Vaccination in Bombay 1869-1873 - 1869-1873
Year: 1869
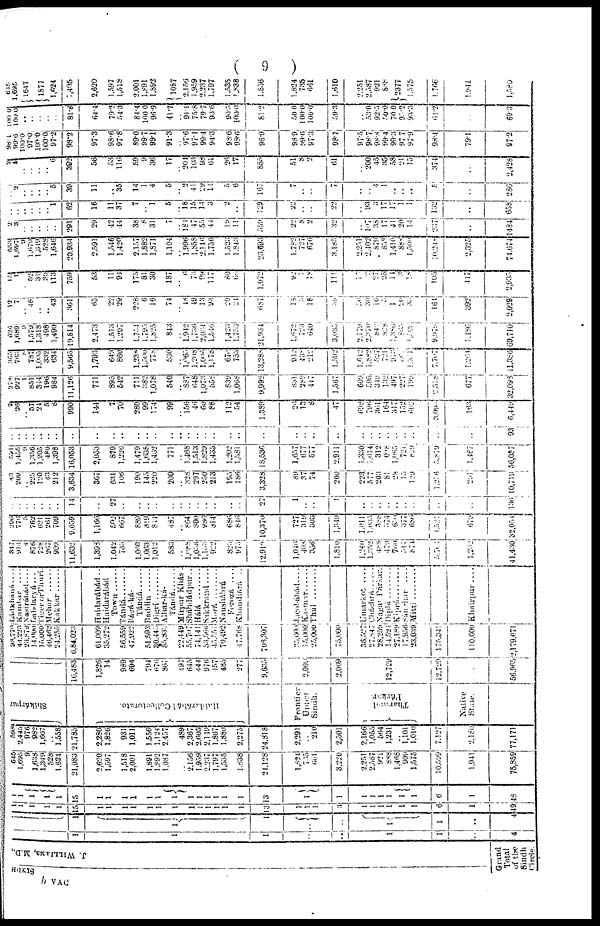
( 9 )
SINDH
J. WILLIAMS, M.D.,
Grand
Total
of t h e
Sindh
Circle.
1
1
1
..
..
1
1
..
4
1
1
1
..
..
1
1
..
4
1
1
1
1
1
15
1
1
1
1
1
1
1
1
1
1
1
1
1
13
1
1
1
3
1
1
1
1
1
1
6
1
49
1
1
1
1
1
15
1
1
1
1
1
1
1
1
1
1
1
1
1
13
1
1
1
1
1
1
1
1
6
1
48
645
1,695
9
1,638
1,349
528 1,624
21,083
2,620
1,597
1,518
2,001
1,891
1,892
1,087
..
2,156
1,959
2,237
1,797
1,535
1,838
24,128
1,824
735
661
3,220
2,251
2,587
921
888
1,468
909
1,575
10,599
1,941
75,859
598
2,445
976
982
1,667
.. 1,558
21,785
2,280
1,826
931
1,011
1,556
1,124
2,457
489
2,367
2,605
2,149
1,867
1,880
2,275
24,818
2,291
.. 210
2,501
2,166
1,055
564
1,231
.. 1,101
1,010
7,127
2,180
77,171
Shikárpur
Haidarábád
Collectorate.
Frontier
Upper
Sindh.
Tharwad
Párkar.
Native
State.
16,483
1,826
14
989
694
794
676
861
197
645
444
976
457
485
277
9,635
2,009
2,009
12,729
12,729
..
56,965
98,770
44,223
23,879
14,000
15,000
46,462
24,255
6,84,023
61,009
35,272
56,559
47,922
51,593
30,445
55,833
22,449
55,707
74,141
53,566 45,551
70,492
47,768
708,307
35,000
15,000
25,000
75,000
36,527
27,847
28,259
14,521
27,189
17,956
23,039
175,341
110,000
2,179,671
Ládkháná....
Kambar . . . .
Nasirábád....
Labdaryá
. . .
Tiger or Thurí.
Mehar
Kakkar
Haidarábád . .
Haidarábád
Town ......
Tándá
Rágá-ká-
Tándá
Baddin ......
Digrí
Alhar-ká-
Tándá .......
Mírpur
Khás
.
Sháhdádpur..
Hálá
Sakkrand . . . .
Morá
Nausháhrá
Ferozá
....
Khandiará
. .
Jacobábád....
Kasmar ......
Thúl
Umarkot
Cháchrá
Nagar
Párkar.
Diplá
Kiprá.
Sán
char
....
Mittí
Khairpur
....
347
914
4
876
728
267
909
11,632
1,398
1,042
735
1,060
1,063
1,012
583
.. 1,088
1,056
1,153
922
825
975
12,910
1,016
408
356
1,810
1,240
1,352
488
479
760
311
874
5, 706
1,252
41,430
296
776
5
762 621
261
709
9,059
1,166
502
667
889
819
814
487
..
864
300
986
814
686
846
10,370
727
319
303
1,349
1,011
1,035
388
374
650
377
686
1,522
679
32,054
..
..
.. ..
..
..
..
14
..
27
..
..
..
..
..
..
..
..
..
..
..
..
27
1
..
..
1
..
..
..
..
..
..
..
..
..
136
43
209
.. 225
120
43
212
3,634
367
631
106
190
145
220
200
..
328
297
250
213
195
186
3,328
89
37
74
200
223
577
203
81
28
15
129
1,276
291
10,719
591
1,455
9
1,356
1,205
480
1,398
16,053
2,053
879
1,226
1,479
1,638
1,462
771
.. 1,468
1,513
1,829
1,435
1,202
1,581
18,536
1,657
677
577
2,911
1,330
1,014
312
698
1,065
721
829
5,879
1,487
56,087
..
..
.. ..
..
..
..
..
..
..
..
..
..
..
..
..
..
..
..
..
..
..
..
..
..
..
..
..
..
..
..
..
.. ..
..
..
93
9
26
.. 57
24
5
8
990
144
7
70
280
99
174
99
.. 156
46
60
88
112
54
1,389
26
13
8
47
698
796
361
164
317
152
602
3,090
163
6,449
278
927
1
851
344
196
984
11,126
771
895
542
711
382
1,078
540
.. 887
648
1,073
558
839
1,068
9,992
831
289
447
1,567
609
505
349
132
497
227
199
2,518
677
32,098
365
763
8
787
1,005
332
634
9,565
1,793
649
860
1,238
1,500
778
530
..
1,065
1,208
1,006
1,178
670
753
13,288
942
438
212
1,592
1,642
1,882
527
721
913
69
1,311
7,707
1,264
41,386
626
1,689
9
1,579
1,318
498 1,490
19,814
2,473
1,513
1,297
1,754
1,795
1,825
843
.. 1,942
1,736
2,034
1,546
1,423
1,753
21,934
1,672
723
640
3,035
2,179
2,370
842
828
1,386
863
1,509
9,979
1,186
69,710
12
7
.. 48
..
.. 43
361
65
22
29
228
6
16
74
..
18
49
13
93
20
24
687
18
3
18
39
36
30
10
..
1
20
35
164
392
2,029
15
1
.. 52
31
30
113
759
53
11
94
175
81
30
187
.. 6
73
99
117
80
66
1,072
92
1
18
111
17
2
27
25
11
3
18
105
447
2,935
653 1,697
9
1,679
1,349
528
1,646
20,934
2,591
1,546
1,420
2,157
1,882
1,871
1,104
.. 1,996
1,858
2,146
1,756
1,523
1,743
23,693
1,782
727
676
3,185
2,251
2,402
879
858
1,410
888
1,500
10,248
2,325
74,674
2
3
.. ..
..
..
..
291
29
42
44
38
8
31
7
..
184
47
55
44
19
11
559
22
8
2
32
..
107
38
17
41
20
14
237
..
1434
..
..
.. ..
..
.. 1
62
16
11
37
7
.. 1
5
..
18
15
14
3
2
..
129
22
..
..
22
..
93
3
17
17
1
1
132
..
658
.. 2
.. ..
..
.. 5
39
11
..
35
14
1
4
5
..
2
41
29
14
5
6
167
7
..
..
7
..
.. 4
1
..
..
..
5
..
286
2 5
.. ..
..
.. 6
392
58
53
116
59
9
36
17
..
20
10
98
61
26
17
855
51
8
2
61
..
200
45
35
58
21
15
374
..
2,428
98.1
99.6
100.0
97.0
100.0
100.0
97.2
98.2
97.3
98.6
97.8
89.0
99.7
99.1
91.3
..
97.6
97.1
99.4
94.3
98.6
98.6
96.9
98.9
99.6
97.3
98.7
97.5
98.7
98.8
99.4
99.3
97.7
97.9
98.4
79.1
97.2
100.0
100.0
.. ..
..
..
..
81.8
64.4
79.2
54.3
84.4
100.0
96.9
41.7
..
91.1
75.8
79.7
93.6
90.5
100.0
81.2
50.0
100.0
100.0
59.3
..
53.0
92.5
50.0
70.0
93.2
93.3
64.2
..
69.3
645
1,695
1647
1877
1,624
1,405
2,620
1,597
1,518
2,001
1,891
1,892
1087
2,156
1,959
2,237
1,797
1,535
1,838
1,856
1,824
735
661
1,610
2,251
2,587
921
888
2377
1,575
1,766
1,941
1,580
b VAC